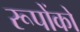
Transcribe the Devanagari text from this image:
रूपोंको